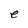
Character: e